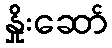
နှိုးဆော်